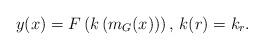
LaTeX: \begin{align*}y(x)=F\left(k\left(m_G(x)\right)\right)\textrm{, }k(r)=k_r.\end{align*}